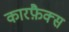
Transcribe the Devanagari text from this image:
कारफ़ैक्स